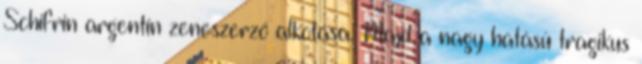
Schifrin argentin zeneszerző alkotása. Majd a nagy hatású tragikus